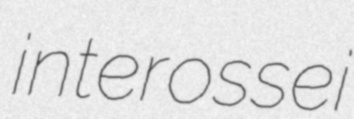
interossei